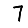
Digit: 7